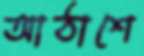
আঠাশে